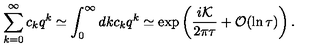
\sum _ { k = 0 } ^ { \infty } c _ { k } q ^ { k } \simeq \int _ { 0 } ^ { \infty } d k c _ { k } q ^ { k } \simeq \exp \left( \frac { i { \cal K } } { 2 \pi \tau } + { \cal O } ( \ln \tau ) \right) .